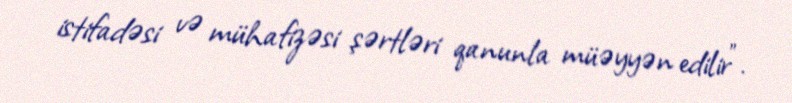
istifadəsi və mühafizəsi şərtləri qanunla müəyyən edilir”.